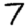
Digit: 7